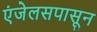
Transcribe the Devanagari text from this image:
एंजेलसपासून